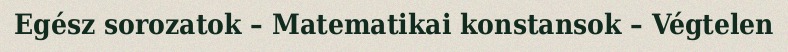
Egész sorozatok – Matematikai konstansok – Végtelen